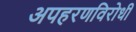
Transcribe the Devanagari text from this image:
अपहरणविरोधी